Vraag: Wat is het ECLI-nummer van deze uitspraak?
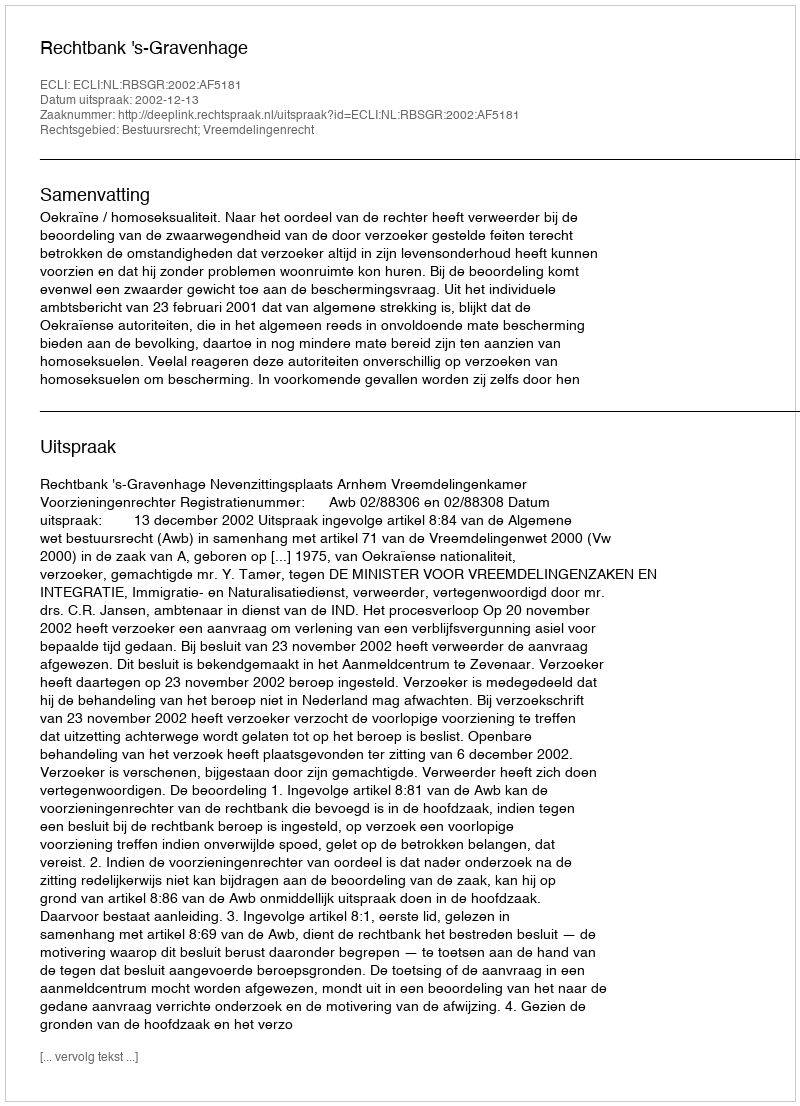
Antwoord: ECLI:NL:RBSGR:2002:AF5181